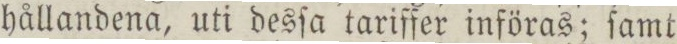
hållandena, uti desſa tariffer införas; ſamt